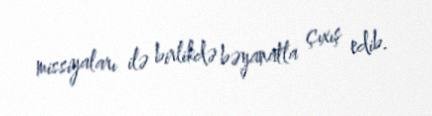
missiyaları ilə birlikdə bəyanatla çıxış edib.